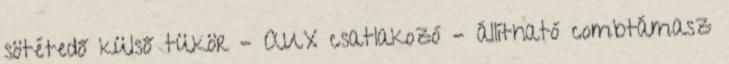
sötétedő külső tükör – AUX csatlakozó – állítható combtámasz